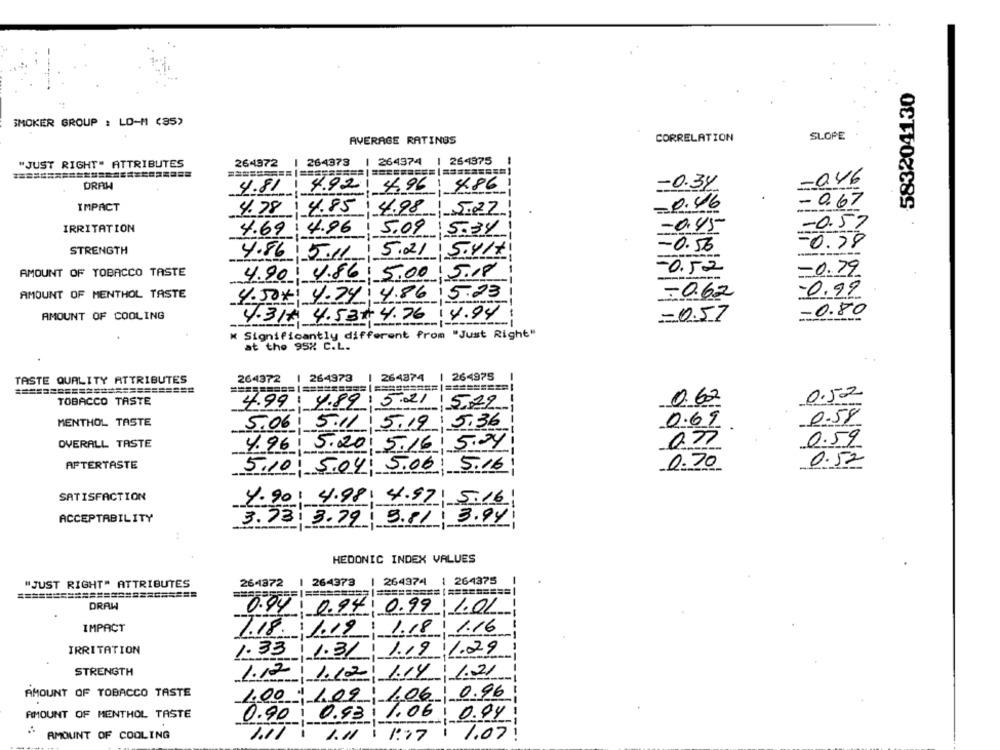
583204130
SMOKER GROUP : LD-M (35)
SLOPE
AVERAGE RATINGS
CORRELATION
"JUST RIGHT" ATTRIBUTES
264972
| 264378 | 264974
| 264875
========= ========== | ========= ( ========= )
-0.46
DRRH
4.81 4.92 4.96 486
-0.34
- 0.67
IMPACT
0.46
4.78 4.85 4.98 5.22
-0.57
IRRITATION
4.69 4.96 5,09 5.34
-0.45
-0.56
-0.78
STRENGTH
4.86 5.11 5.21 5.417
-0.52
-0.79
AMOUNT OF TOBACCO TASTE
4.90 4.86 5.00 5.18
-0.99
AMOUNT OF MENTHOL TASTE
4.50 *: 4.74 4.86 5.23
-0.62
AMOUNT OF COOLING
4.31 4.53#4.76 14.94
-0.80
=0.57
" Significantly different from "Just Right"
at the 95% C.L.
1 264975
TASTE QUALITY ATTRIBUTES
264372
| 264373 | 264374
0.52
TOBACCO TASTE
4.99 4.89 5.21 5,29
0.62
0.58
MENTHOL TASTE
5.06. 5.11 5.19 5:36
0.69
077
0.59
OVERALL TASTE
4.96 5,20 5.16 5.04
AFTERTASTE
0.52
5.10: 5.04. 5.06 5.16|
0.70
SATISFACTION
4.90: 4.98: 4.97 5.16
ACCEPTABILITY
3.73: 3.79: 3.81 3.94
HEDONIC INDEX VALUES
"JUST RIGHT" ATTRIBUTES
264372
1 264373
| 264974 1 264375
DRAW
0.94 . 0.94 0.99 1.01
IMPACT
1.18.1.19: 1.18/ 1.16
IRRITATION
1.33 1.31 1.19 1.29
STRENGTH
1.12 1.12 1.14 121
AMOUNT OF TOBACCO TASTE
1.00109 1.06 0.96
AMOUNT OF MENTHOL TASTE
0.90: 0.93. 1.06 0.94
AMOUNT OF COOLING
1.07
1.11\ 1.11 \ 1:17